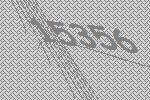
15356